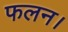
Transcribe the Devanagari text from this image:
फलन।